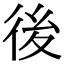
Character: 後